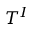
T ^ { I }